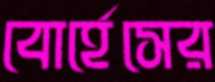
বোর্হেসের